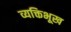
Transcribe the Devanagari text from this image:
व्यक्तिभूख